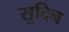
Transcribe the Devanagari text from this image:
सुदिन